Scientific memoirs by medical officers of the Army of India - Part III,
Year: 1887
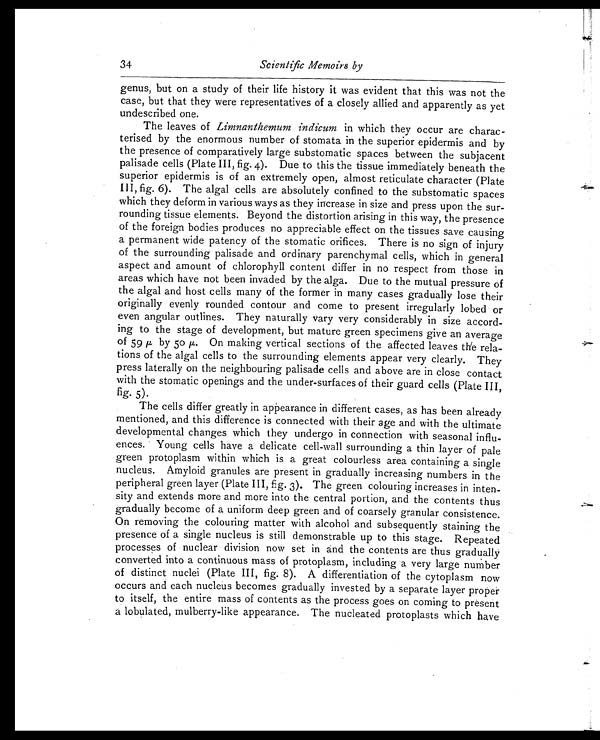
34
Scientific Memoirs by
genus, but on a study of their life history it was evident that this was not the
case, but that they were representatives of a closely allied and apparently as yet
undescribed one.
The leaves of Limnanthemum indicum in which they occur are charac-
terised by the enormous number of stomata in the superior epidermis and by
the presence of comparatively large substomatic spaces between the subjacent
palisade cells (Plate III, fig. 4). Due to this the tissue immediately beneath the
superior epidermis is of an extremely open, almost reticulate character (Plate
III, fig. 6). The algal cells are absolutely confined to the substomatic spaces
which they deform in various ways as they increase in size and press upon the sur-
rounding tissue elements. Beyond the distortion arising in this way, the presence
of the foreign bodies produces no appreciable effect on the tissues save causing
a permanent wide patency of the stomatic orifices. There is no sign of injury
of the surrounding palisade and ordinary parenchymal cells, which in general
aspect and amount of chlorophyll content differ in no respect from those in
areas which have not been invaded by the alga. Due to the mutual pressure of
the algal and host cells many of the former in many cases gradually lose their
originally evenly rounded contour and come to present irregularly lobed or
even angular outlines. They naturally vary very considerably in size accord-
-ing to the stage of development, but mature green specimens give an average
of 59 µ by 50 µ. On making vertical sections of the affected leaves the rela--
tions of the algal cells to the surrounding elements appear very clearly. They
press laterally on the neighbouring palisade cells and above are in close contact
with the stomatic openings and the under-surfaces of their guard cells (Plate III,
fig. 5).
The cells differ greatly in appearance in different cases, as has been already
mentioned, and this difference is connected with their age and with the ultimate
developmental changes which they undergo in connection with seasonal influ-
ences. Young cells have a delicate cell-wall surrounding a thin layer of pale
green protoplasm within which is a great colourless area containing a single
nucleus. Amyloid granules are present in gradually increasing numbers in the
peripheral green layer (Plate III, fig. 3). The green colouring increases in inten-
sity and extends more and more into the central portion, and the contents thus
gradually become of a uniform deep green and of coarsely granular consistence.
On removing the colouring matter with alcohol and subsequently staining the
presence of a single nucleus is still demonstrable up to this stage. Repeated
processes of nuclear division now set in and the contents are thus gradually
converted into a continuous mass of protoplasm, including a very large number
of distinct nuclei (Plate III, fig. 8). A differentiation of the cytoplasm now
occurs and each nucleus becomes gradually invested by a separate layer proper
to itself, the entire mass of contents as the process goes on coming to present
a lobulated, mulberry-like appearance. The nucleated protoplasts which have